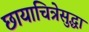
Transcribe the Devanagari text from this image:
छायाचित्रेसुद्धा